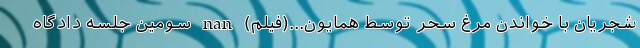
شجریان با خواندن مرغ سحر توسط همایون...(فیلم) nan سومین جلسه دادگاه